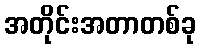
အတိုင်းအတာတစ်ခု